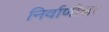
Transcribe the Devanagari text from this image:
निर्वाणीचा